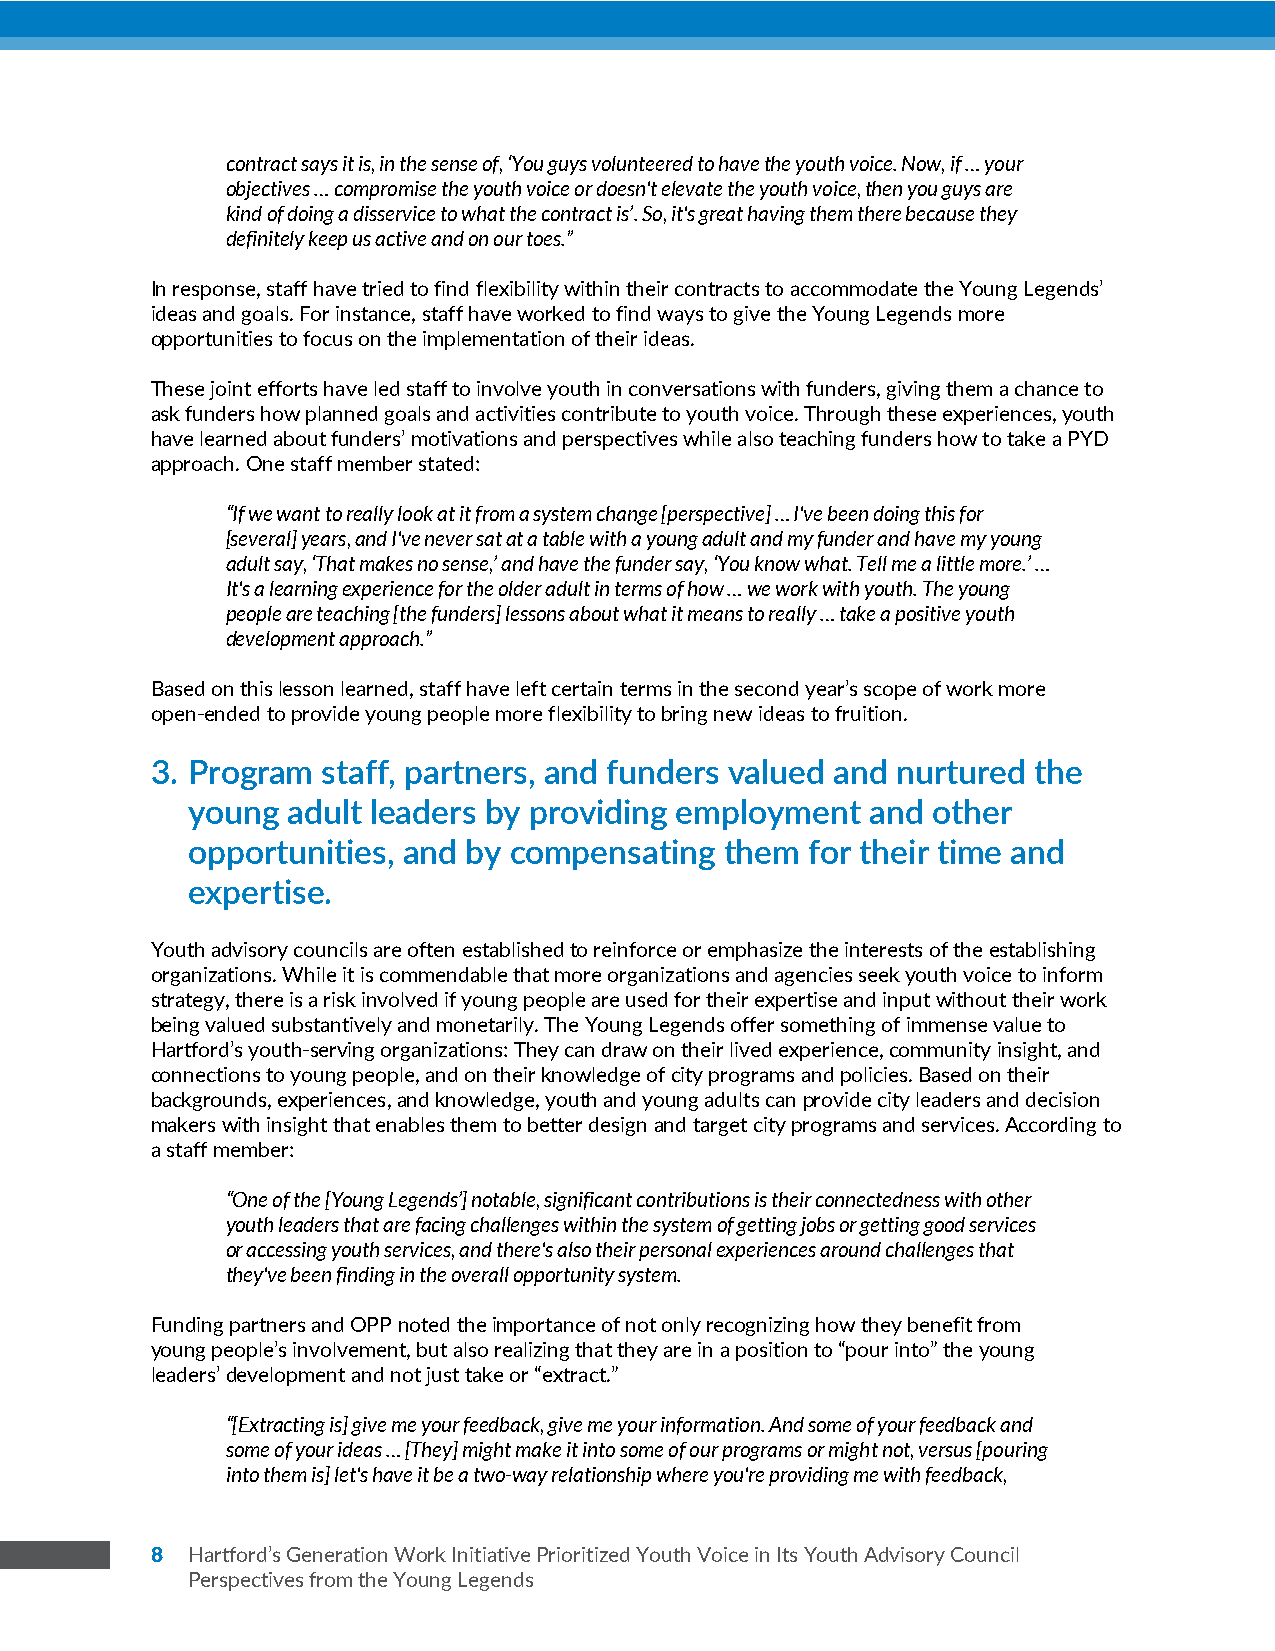
z
 contract says it is, in the sense of, ‘You guys volunteered to have the youth voice. Now, if … your
 objectives … compromise the youth voice or doesn't elevate the youth voice, then you guys are
 kind of doing a disservice to what the contract is’. So, it's great having them there because they
 definitely keep us active and on our toes.”
 In response, staff have tried to find flexibility within their contracts to accommodate the Young Legends’
 ideas and goals. For instance, staff have worked to find ways to give the Young Legends more
 opportunities to focus on the implementation of their ideas.
 These joint efforts have led staff to involve youth in conversations with funders, giving them a chance to
 ask funders how planned goals and activities contribute to youth voice. Through these experiences, youth
 have learned about funders’ motivations and perspectives while also teaching funders how to take a PYD
 approach. One staff member stated:
 “If we want to really look at it from a system change [perspective] … I've been doing this for
 [several] years, and I've never sat at a table with a young adult and my funder and have my young
 adult say, ‘That makes no sense,’ and have the funder say, ‘You know what. Tell me a little more.’ …
 It's a learning experience for the older adult in terms of how … we work with youth. The young
 people are teaching [the funders] lessons about what it means to really … take a positive youth
 development approach.”
 Based on this lesson learned, staff have left certain terms in the second year’s scope of work more
 open-ended to provide young people more flexibility to bring new ideas to fruition.
 3. Program staff, partners, and funders valued and nurtured the
 young  adult leaders by providing employment  and other
 opportunities, and by compensating  them  for their time and
 expertise.
 Youth advisory councils are often established to reinforce or emphasize the interests of the establishing
 organizations. While it is commendable that more organizations and agencies seek youth voice to inform
 strategy, there is a risk involved if young people are used for their expertise and input without their work
 being valued substantively and monetarily. The Young Legends offer something of immense value to
 Hartford’s youth-serving organizations: They can draw on their lived experience, community insight, and
 connections to young people, and on their knowledge of city programs and policies. Based on their
 backgrounds, experiences, and knowledge, youth and young adults can provide city leaders and decision
 makers with insight that enables them to better design and target city programs and services. According to
 a staff member:
 “One of the [Young Legends’] notable, significant contributions is their connectedness with other
 youth leaders that are facing challenges within the system of getting jobs or getting good services
 or accessing youth services, and there's also their personal experiences around challenges that
 they've been finding in the overall opportunity system.
 Funding partners and OPP noted the importance of not only recognizing how they benefit from
 young people’s involvement, but also realizing that they are in a position to “pour into” the young
 leaders’ development and not just take or “extract.”
 “[Extracting is] give me your feedback, give me your information. And some of your feedback and
 some of your ideas … [They] might make it into some of our programs or might not, versus [pouring
 into them is] let's have it be a two-way relationship where you're providing me with feedback,
 8 Hartford’s Generation Work Initiative Prioritized Youth Voice in Its Youth Advisory Council
 Perspectives from the Young Legends